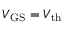
V _ { \mathrm { G S } } = V _ { \mathrm { t h } }